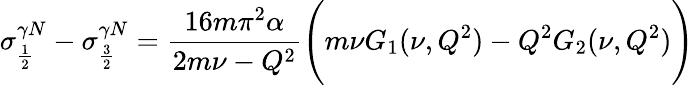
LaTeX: \sigma_{\frac{1}{2}}^{\gamma N}-\sigma_{\frac{3}{2}}^{\gamma N}={\frac{16m\pi^{2}\alpha}{2m\nu-Q^{2}}}\Biggl(m\nu G_{1}(\nu,Q^{2})-Q^{2}G_{2}(\nu,Q^{2})\Biggr)